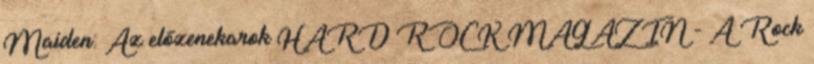
Maiden: Az előzenekarok HARD ROCK MAGAZIN - A Rock